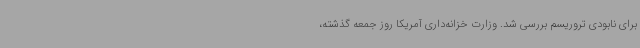
برای نابودی تروریسم بررسی شد. وزارت خزانه‌داری آمریکا روز جمعه گذشته،